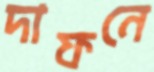
দাফনে